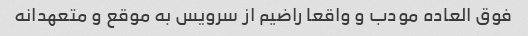
فوق العاده مودب و واقعا راضیم از سرویس به موقع و متعهدانه